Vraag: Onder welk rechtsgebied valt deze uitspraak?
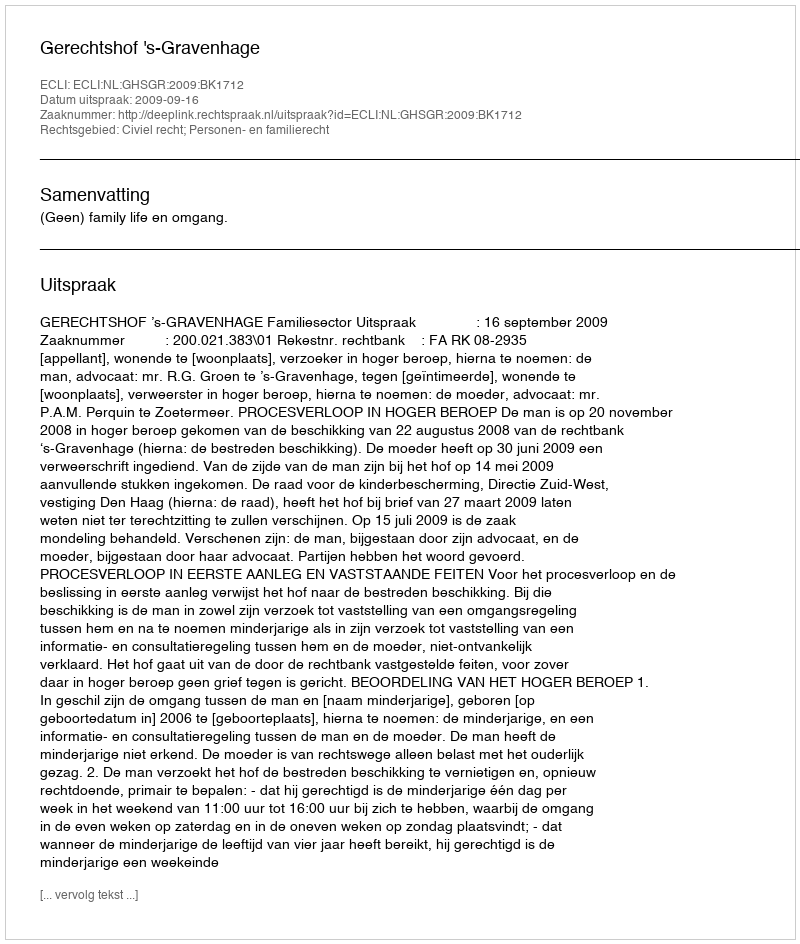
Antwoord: Civiel recht; Personen- en familierecht